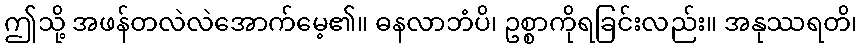
ဤသို့ အဖန်တလဲလဲအောက်မေ့၏။ ဓနလာဘံပိ၊ ဥစ္စာကိုရခြင်းလည်း။ အနုဿရတိ၊